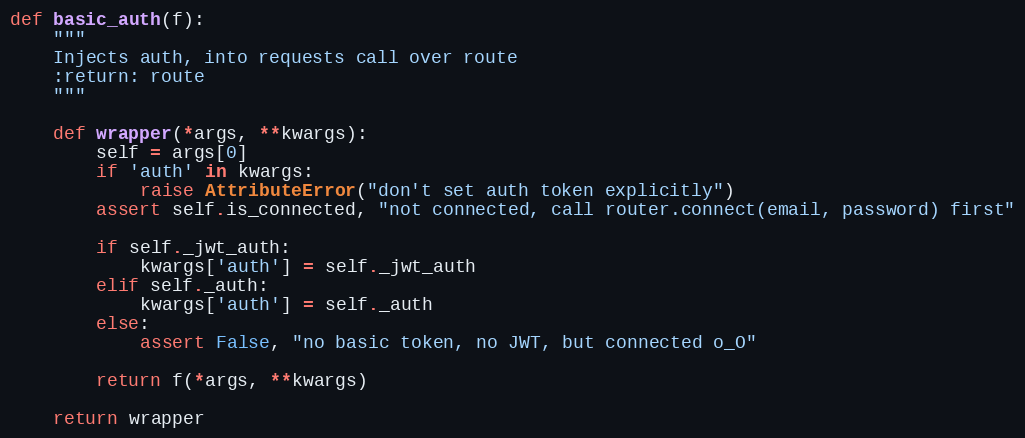
Language: Python
def basic_auth(f):
    """
    Injects auth, into requests call over route
    :return: route
    """

    def wrapper(*args, **kwargs):
        self = args[0]
        if 'auth' in kwargs:
            raise AttributeError("don't set auth token explicitly")
        assert self.is_connected, "not connected, call router.connect(email, password) first"

        if self._jwt_auth:
            kwargs['auth'] = self._jwt_auth
        elif self._auth:
            kwargs['auth'] = self._auth
        else:
            assert False, "no basic token, no JWT, but connected o_O"

        return f(*args, **kwargs)

    return wrapper